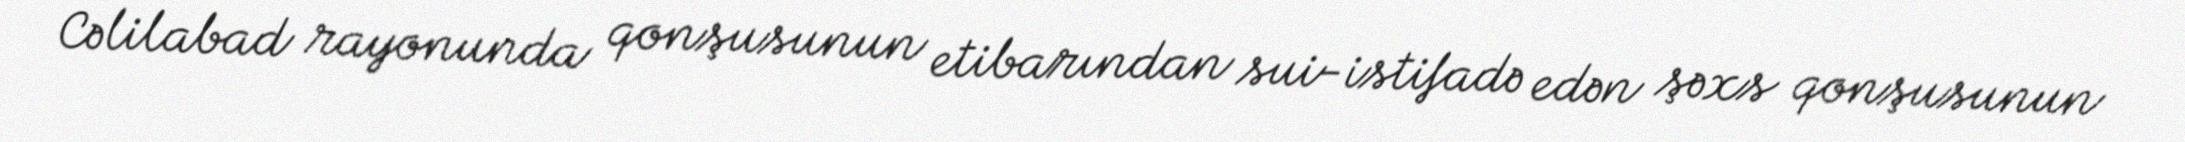
Cəlilabad rayonunda qonşusunun etibarından sui-istifadə edən şəxs qonşusunun